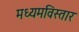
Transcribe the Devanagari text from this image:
मध्यमविस्तार